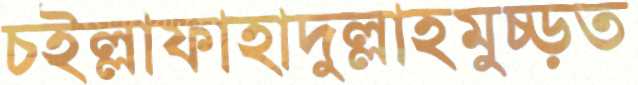
চইল্লাফাহাদুল্লাহমুচ্‌ড়ত